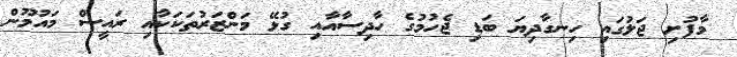
މާފުށި ޖަލުގައި ހިނގާދިޔަ ބަޑި ޖެހުމުގެ ހާދިސާއާއި ގުޅޭ މަންޒަރުތަކަކާއި ރައީސް މައުމޫން